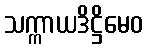
သက္ကာယဒိဋ္ဌိမေဝ